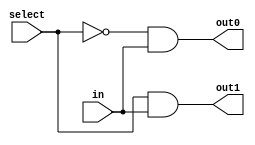
module demux_1to2 (
    input wire in,
    input wire select,
    output reg out0,
    output reg out1
);

always @ (select)
begin
    out0 = ~select & in;
    out1 = select & in;
end

endmodule